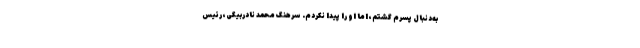
به‌دنبال پسرم گشتم، اما او را پیدا نکردم. سرهنگ محمد نادربیگی، رئیس